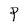
Character: P